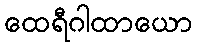
ထေရီဂါထာယော